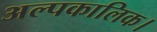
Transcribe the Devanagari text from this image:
अल्पकालिक।